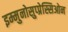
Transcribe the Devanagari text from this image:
इम्मुनोसुप्प्रेस्सिओन